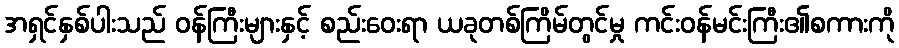
အရှင်နှစ်ပါးသည် ဝန်ကြီးများနှင့် စည်းဝေးရာ ယခုတစ်ကြိမ်တွင်မှု ကင်းဝန်မင်းကြီး၏စကားကို